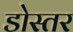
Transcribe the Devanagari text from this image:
डोस्तर